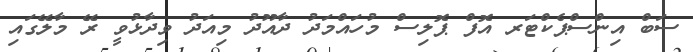
ސަބް އިންސްޕެކްޓަރ އޮފް ޕޮލިސް މުހައްމަދު ދާއޫދު މިއަދު ވިދާޅުވީ ރޭ މާލޭގައި